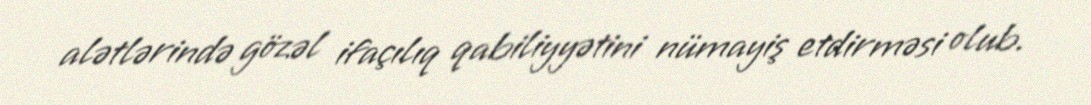
alətlərində gözəl ifaçılıq qabiliyyətini nümayiş etdirməsi olub.